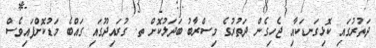
ދަތުރުގައި ކޮޅިގަނޑަކާއި ޖެހިގެން ދަތުރުގެ މިސްރާބު ބަދަލުކޮށް ތ. ގުރައިދޫގައި ގައްބެ މަޑުކޮށްފައިވެސް